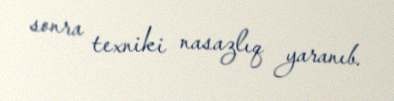
sonra texniki nasazlıq yaranıb.